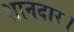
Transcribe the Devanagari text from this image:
शानदार।